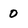
Character: 0